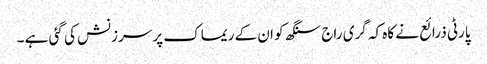
پارٹی ذرائع نے کاہ کہ گری راج سنگھ کو ان کے ریماک پر سرزنش کی گئی ہے ۔